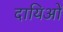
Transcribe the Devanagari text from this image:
दायिओं